Vaccination United Provinces of Agra and Oudh 1902-1913 - 1902-1913
Year: 1902
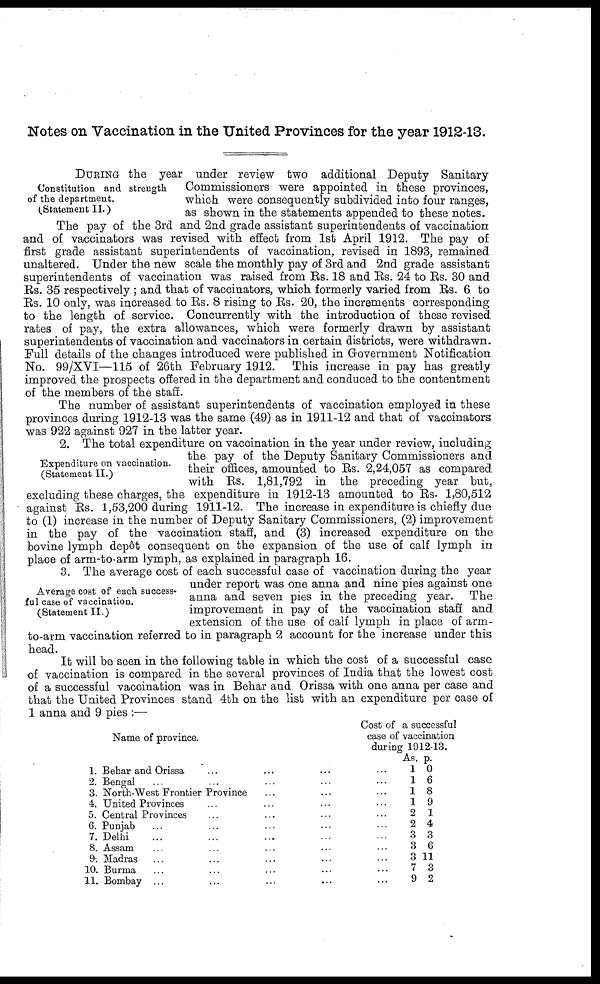
Notes on Vaccination in the United Provinces for the year 1912-13.
Constitution and strength
of the department.
(Statement II.)
DURING the year under review two additional Deputy Sanitary
Commissioners were appointed in these provinces,
which were consequently subdivided into four ranges,
as shown in the statements appended to these notes.
The pay of the 3rd and 2nd grade assistant superintendents of vaccination
and of vaccinators was revised with effect from 1st April 1912. The pay of
first grade assistant superintendents of vaccination, revised in 1893, remained
unaltered. Under the new scale the monthly pay of 3rd and 2nd grade assistant
superintendents of vaccination was raised from Rs. 18 and Rs. 24 to Rs. 30 and
Rs. 35 respectively ; and that of vaccinators, which formerly varied from Rs. 6 to
Rs. 10 only, was increased to Rs. 8 rising to Rs. 20, the increments corresponding
to the length of service. Concurrently with the introduction of these revised
rates of pay, the extra allowances, which were formerly drawn by assistant
superintendents of vaccination and vaccinators in certain districts, were withdrawn.
Full details of the changes introduced were published in Government Notification
No. 99/XVI—115 of 26th February 1912. This increase in pay has greatly
improved the prospects offered in the department and conduced to the contentment
of the members of the staff.
The number of assistant superintendents of vaccination employed in these
provinces during 1912-13 was the same (49) as in 1911-12 and that of vaccinators
was 922 against 927 in the latter year.
Expenditure on vaccination.
(Statement II.)
2. The total expenditure on vaccination in the year under review, including
the pay of the Deputy Sanitary Commissioners and
their offices, amounted to Rs. 2,24,057 as compared
with Rs. 1,81,792 in the preceding year but,
excluding these charges, the expenditure in 1912-13 amounted to Rs. 1,80,512
against Rs. 1,53,200 during 1911-12. The increase in expenditure is chiefly due
to (1) increase in the number of Deputy Sanitary Commissioners, (2) improvement
in the pay of the vaccination staff, and (3) increased expenditure on the
bovine lymph depôt consequent on the expansion of the use of calf lymph in
place of arm-to-arm lymph, as explained in paragraph 16.
Average cost of each success-
ful case of vaccination.
(Statement II.)
3. The average cost of each successful case of vaccination during the year
under report was one anna and nine pies against one
anna and seven pies in the preceding year. The
improvement in pay of the vaccination staff and
extension of the use of calf lymph in place of arm-
to-arm vaccination referred to in paragraph 2 account for the increase under this
head.
It will be seen in the following table in which the cost of a successful case
of vaccination is compared in the several provinces of India that the lowest cost
of a successful vaccination was in Behar and Orissa with one anna per case and
that the United Provinces stand 4th on the list with an expenditure per case of
1 anna and 9 pies :—
Name of province.
1.
2.
3.
4.
5.
6.
7.
8.
9.
10.
11.
Behar and Orissa ... ... ... ...
Bengal ... ... ... ... ...
North-West Frontier Province ... ... ...
United Provinces ... ... ... ...
Central Provinces ... ... ... ...
Punjab ... ... ... ... ...
Delhi ... ... ... ... ...
Assam ... ... ... ... ...
Madras ... ... ... ... ...
Burma ... ... ... ... ...
Bombay ... ... ... ... ...
Cost of a successful
case of vaccination
during 1912-13.
As.
1
1
1
1
2
2
3
3
3
7
9
p.
0
6
8
9
1
4
3
6
11
3
2